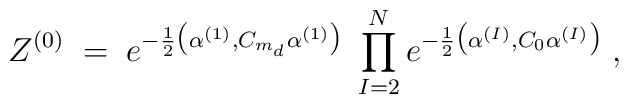
Z^{(0)} \; = \; e^{ -\frac{1}{2}\big( \alpha^{(1)} ,C_{m_d} \alpha^{(1)} \big) } \;\prod_{I=2}^N e^{ -\frac{1}{2}\big( \alpha^{(I)} ,C_0 \alpha^{(I)} \big) } \; ,